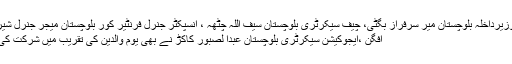
وزیرداخلہ بلوچستان میر سرفراز بگٹی، چیف سیکرٹری بلوچستان سیف اللہ چٹھہ ، انسپکٹر جنرل فرنٹیر کور بلوچستان میجر جنرل شیر
افگن ،ایجوکیشن سیکرٹری بلوچستان عبدا لصبور کاکڑ نے بھی یومِ والدین کی تقریب میں شرکت کی۔